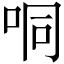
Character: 哃